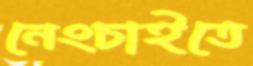
নেংচাইতে